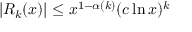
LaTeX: | R _ { k } ( x ) | \leq x ^ { 1 - \alpha ( k ) } ( c \ln x ) ^ { k }